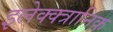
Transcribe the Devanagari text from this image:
इलेक्क्त्रानिक